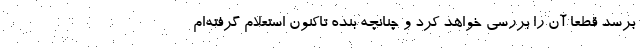
برسد قطعا آن را بررسی خواهد کرد و چنانچه بنده تاکنون استعلام گرفته‌ام